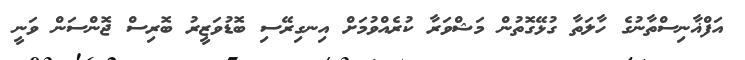
އަފްޣާނިސްތާނުގެ ހާލަތާ ގުޅޭގޮތުން މަޝްވަރާ ކުރެއްވުމަށް އިނގިރޭސި ބޮޑުވަޒީރު ބޮރިސް ޖޮންސަން ވަނީ